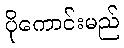
ပိုကောင်းမည်